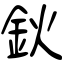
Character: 鈥